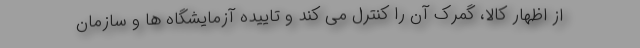
از اظهار کالا، گمرک آن را کنترل می کند و تاییده آزمایشگاه ها و سازمان